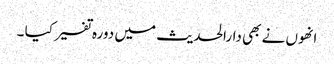
انھوں نے بھی دارالحدیث میں دورہ تفسیر کیا ۔